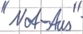
Text: "Not-Aus"